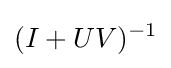
(I+UV)^{-1}